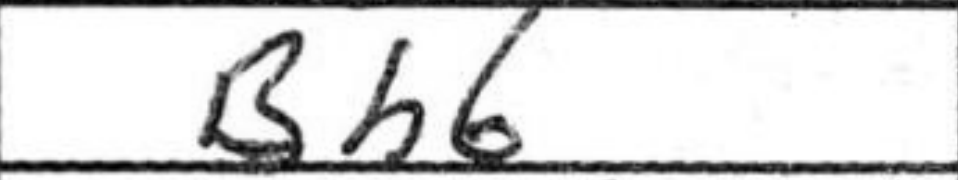
Transcription: Bh6